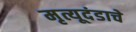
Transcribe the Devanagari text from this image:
मृत्यूदंडाचे